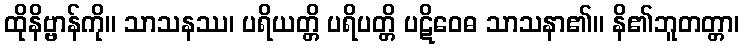
ထိုနိဗ္ဗာန်ကို။ သာသနဿ၊ ပရိယတ္တိ ပရိပတ္တိ ပဋိဝေဓ သာသနာ၏။ နိ၏ဘူတတ္တာ၊